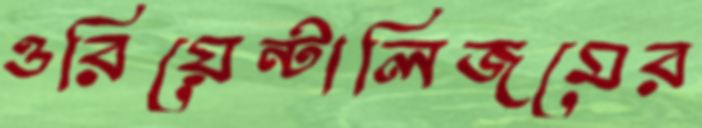
ওরিয়েন্টালিজমের